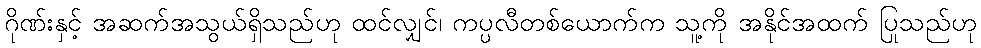
ဂိုဏ်းနှင့် အဆက်အသွယ်ရှိသည်ဟု ထင်လျှင်၊ ကပ္ပလီတစ်ယောက်က သူ့ကို အနိုင်အထက် ပြုသည်ဟု